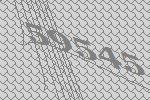
59545